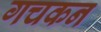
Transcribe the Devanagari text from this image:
गचकन